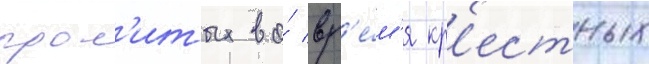
прол'итых во́ вр'е́м'я кр'естных